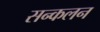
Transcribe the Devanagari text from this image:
सन्कलन